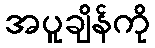
အပူချိန်ကို